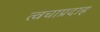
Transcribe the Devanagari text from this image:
त्वचाप्रदाह